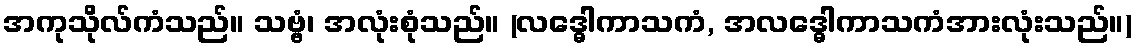
အကုသိုလ်ကံသည်။ သဗ္ဗံ၊ အလုံးစုံသည်။ (လဒ္ဓေါကာသကံ, အလဒ္ဓေါကာသကံအားလုံးသည်။)